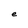
Character: e